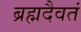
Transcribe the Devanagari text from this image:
ब्रह्मदैवतं